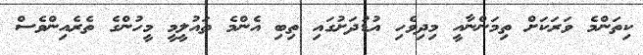
ކިތަންމެ ވަރަކަށް ތިމަންނާއީ މިދިވެހި އުޑުދަށުގައި ތިބި އެންމެ ތައުލީމީ މީހުންގެ ތެރެއިންވެސް